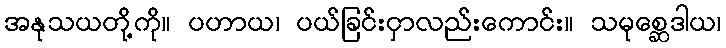
အနုသယတို့ကို။ ပဟာယ၊ ပယ်ခြင်းငှာလည်းကောင်း။ သမုစ္ဆေဒါယ၊